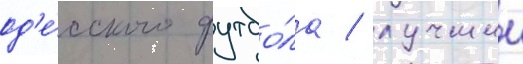
од'е́сского футбо́ла / лучшии